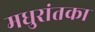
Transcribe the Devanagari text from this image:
मधुरांतका